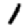
Digit: 1